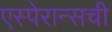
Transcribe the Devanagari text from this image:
एस्पेरान्सची